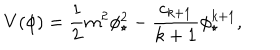
V ( \phi ) = \frac { 1 } { 2 } m ^ { 2 } \phi _ { \star } ^ { 2 } - \frac { c _ { k + 1 } } { k + 1 } \phi _ { \star } ^ { k + 1 } ,